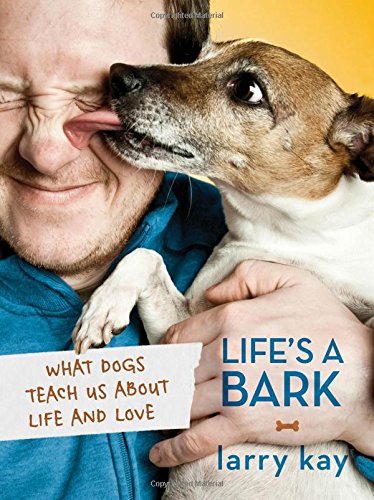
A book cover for Life's a Bark: What Dogs Teach Us About Life and Love; Larry Kay; Crafts, Hobbies & Home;